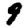
Digit: 9